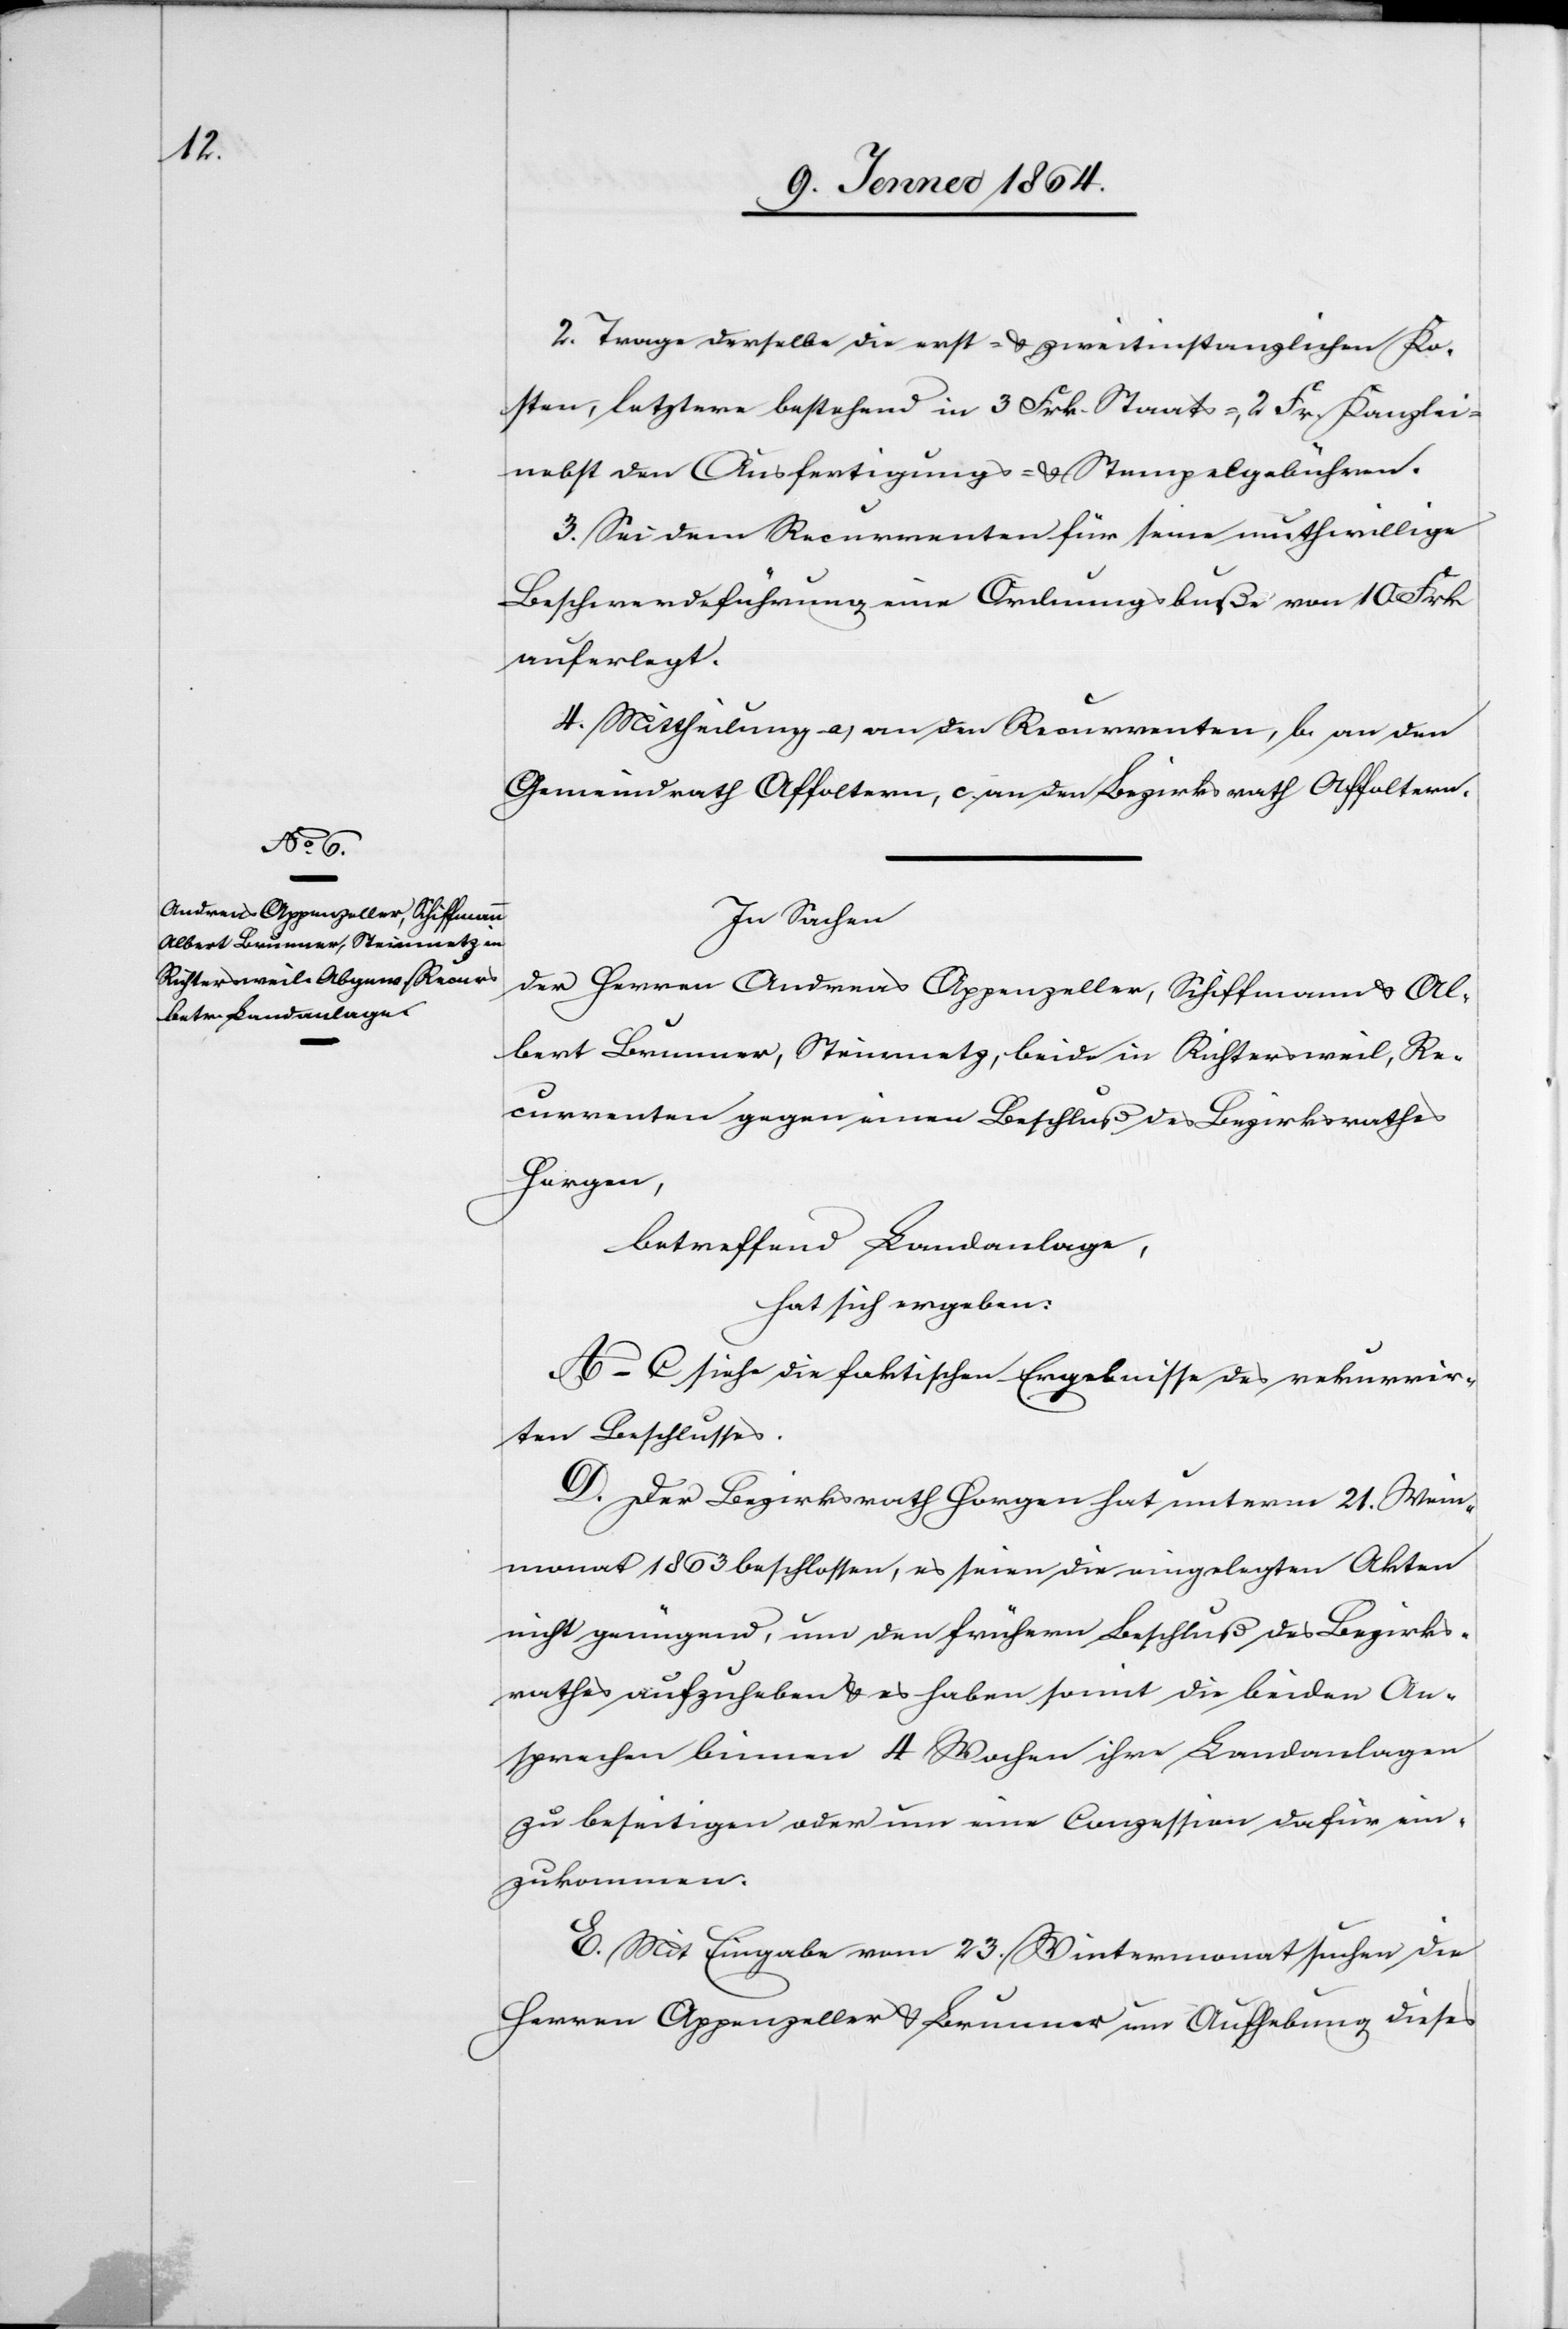
2. Trage derselbe die erst- u. zweitinstanzlichen Ko¬
sten, letztere bestehend in 3 Frk. Staats-, 2 Fr. Kanzlei-
nebst den Ausfertigungs- u. Stempelgebühren.
3. Sei dem Recurrenten für seine muthwillige
Beschwerdeführung eine Ordnungsbuße von 10 Frk
auferlegt.
4. Mittheilung a) an den Recurrenten, b) an den
Gemeindrath Affoltern, c) an den Bezirksrath Affoltern.
In Sachen
der Herren Andreas Appenzeller, Schiffmann[,] u. Al¬
bert Brunner, Steinmetz, beide in Richtersweil, Re¬
currenten gegen einen Beschluß des Bezirksrathes
Horgen,
betreffend Landanlage,
hat sich ergeben:
A-C siehe die faktischen Ergebnisse des rekurrir¬
ten Beschlusses.
D. Der Bezirksrath Horgen hat unterm 21. Wein¬
monat 1863 beschlossen, es seien die eingelegten Akten
nicht genügend, um den frühern Beschluß des Bezirks¬
rathes aufzuheben u. es haben somit die beiden An¬
sprechen binnen 4 Wochen ihre Landanlagen
zu beseitigen oder um eine Conzession dafür ein¬
zukommen.
E. Mit Eingabe vom 23. Wintermonat suchen die
Herren Appenzeller u. Brunner um Aufhebung dieses